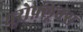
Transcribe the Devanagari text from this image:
यूरोफ़्लूक्स